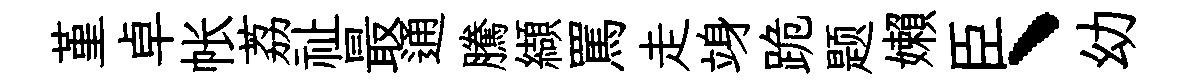
堇卓帐荔祉最通騰纈罵走竧跪题嬾臣、幼